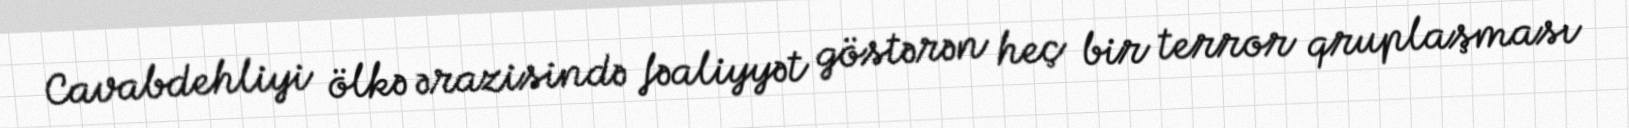
Cavabdehliyi ölkə ərazisində fəaliyyət göstərən heç bir terror qruplaşması